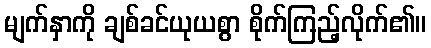
မျက်နှာကို ချစ်ခင်ယုယစွာ စိုက်ကြည့်လိုက်၏။